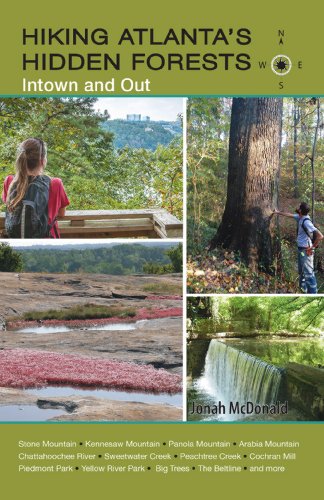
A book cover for Hiking Atlanta's Hidden Forests: Intown and Out; Jonah McDonald; Travel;